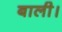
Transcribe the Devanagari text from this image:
बाली।